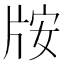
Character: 𱭛